Vaccination in Bombay 1902-1912 - 1902-1912
Year: 1902
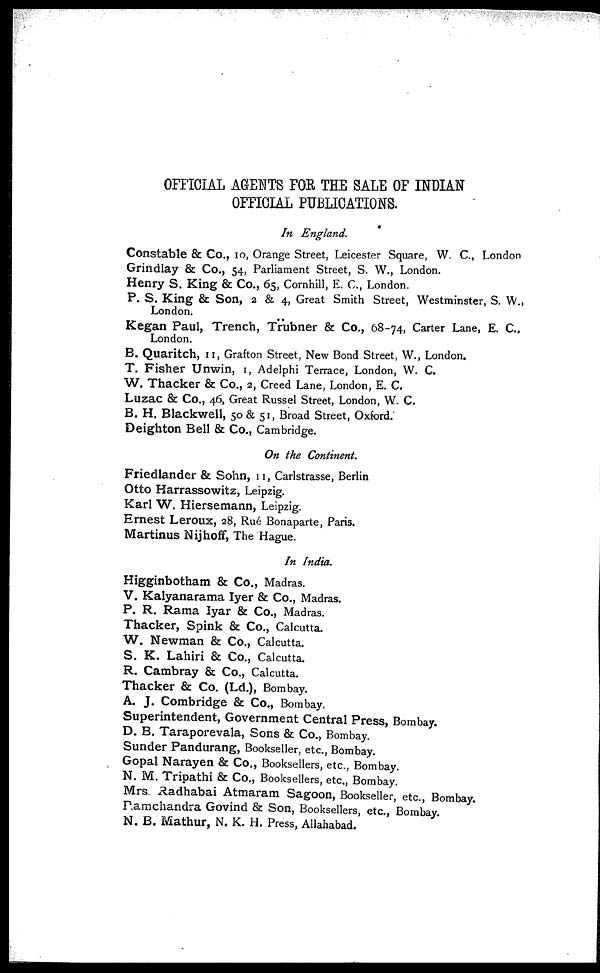
OFFICIAL AGENTS FOR THE SALE OF INDIAN
OFFICIAL PUBLICATIONS.
In England.
Constable & Co., 10, Orange Street, Leicester Square, W. C., London
Grindlay & Co., 54, Parliament Street, S. W., London.
Henry S. King & Co., 65, Cornhill, E. C., London.
P. S. King & Son, 2 & 4, Great Smith Street, Westminster, S. W.,
London.
Kegan Paul, Trench, Trübner & Co., 68-74, Carter Lane, E. C.,
London.
B. Quaritch, 11, Grafton Street, New Bond Street, W., London.
T. Fisher Unwin, 1, Adelphi Terrace, London, W. C.
W. Thacker & Co., 2, Creed Lane, London, E. C.
Luzac & Co., 46, Great Russel Street, London, W. C.
B. H. Blackwell, 50 & 51, Broad Street, Oxford.
Deighton Bell & Co., Cambridge.
On the Continent.
Friedlander & Sohn, 11, Carlstrasse, Berlin
Otto Harrassowitz, Leipzig.
Karl W. Hiersemann, Leipzig.
Ernest Leroux, 28, Rué Bonaparte, Paris.
Martinus Nijhoff, The Hague.
In India.
Higginbotham & Co., Madras.
V. Kalyanarama Iyer & Co., Madras.
P. R. Rama Iyar & Co., Madras.
Thacker, Spink & Co., Calcutta.
W. Newman & Co., Calcutta.
S. K. Lahiri & Co., Calcutta.
R. Cambray & Co., Calcutta.
Thacker & Co. (Ld.), Bombay.
A. J. Combridge & Co., Bombay.
Superintendent, Government Central Press, Bombay.
D. B. Taraporevala, Sons & Co., Bombay.
Sunder Pandurang, Bookseller, etc., Bombay.
Gopal Narayen & Co., Booksellers, etc., Bombay.
N. M. Tripathi & Co., Booksellers, etc., Bombay.
Mrs. Radhabai Atmaram Sagoon, Bookseller, etc., Bombay.
Ramchandra Govind & Son, Booksellers, etc., Bombay.
N. B. Mathur, N. K. H. Press, Allahabad.